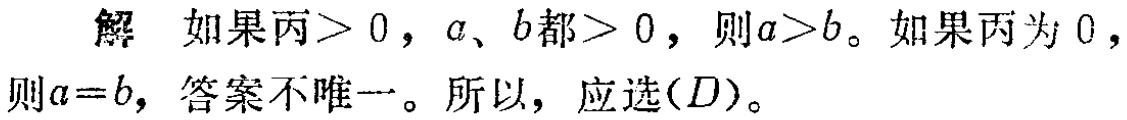
解 如果丙$> 0$，$a$、$b$都$> 0$，则$a>b$。如果丙为$0$，则$a = b$，答案不唯一。所以，应选$(D)$。